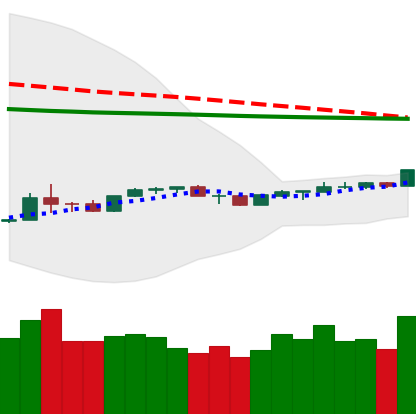
Ticker: NEO-USD
Chart end date: 2020-04-06
Forward return: -6.173%
Label: down_5_7